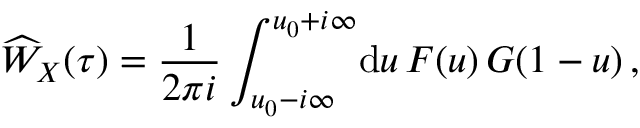
\widehat W _ { X } ( \tau ) = \frac { 1 } { 2 \pi i } \int _ { u _ { 0 } - i \infty } ^ { u _ { 0 } + i \infty } \! \mathrm { d } u \, { \cal F } ( u ) \, { \cal G } ( 1 - u ) \, ,